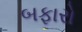
બફારો